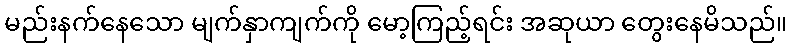
မည်းနက်နေသော မျက်နှာကျက်ကို မော့ကြည့်ရင်း အဆုယာ တွေးနေမိသည်။